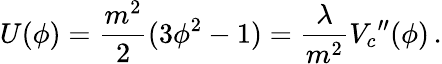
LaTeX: U(\phi)=\frac{m^{2}}{2}(3\phi^{2}-1)=\frac{\lambda}{m^{2}}{V_{c}}^{\prime\prime}(\phi)\, .